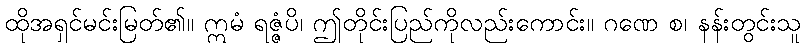
ထိုအရှင်မင်းမြတ်၏။ ဣမံ ရဇ္ဇံပိ၊ ဤတိုင်းပြည်ကိုလည်းကောင်း။ ဂဏေ စ၊ နန်းတွင်းသူ